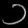
Digit: ၁